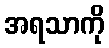
အရသာကို